Scottish Leaving Certificate Examination, 1955
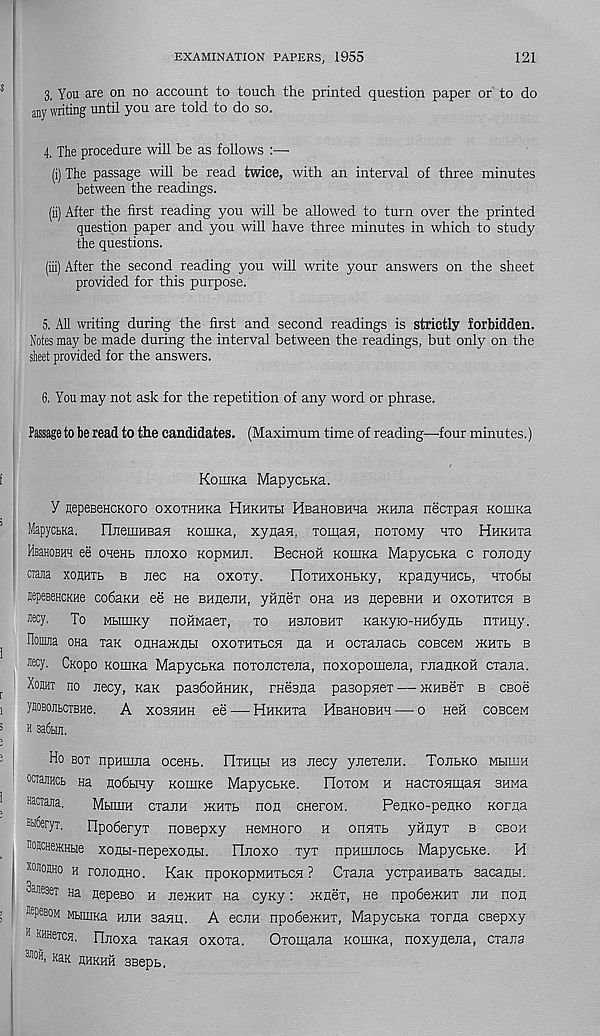
EXAMINATION PAPERS, 1955
121
3, You are on no account to touch the printed question paper or to do
any writing until you are told to do so.
4, The procedure will be as follows :—•
(i) The passage will be read twice, with an interval of three minutes
between the readings.
(ii) After the first reading you will be allowed to turn over the printed
question paper and you will have three minutes in which to study
the questions.
(iii) After the second reading you will write your answers on the sheet
provided for this purpose.
5. All writing during the first and second readings is strictly forbidden.
Notes may be made during the interval between the readings, but only on the
sheet provided for the answers.
6. You may not ask for the repetition of any word or phrase.
Passage to be read to the candidates. (Maximum time of reading—four minutes.)
KoniKa MapyctKa.
Y nepeseHCKoro oxoTHnna Hhkhtli HBanoBHua mnna necrpan KouiKa
MapyctKa. nneiiiHBafl KoiiiKa, xyna5i, Toman, noxoMy hto HHKnxa
Hihhobhh ee ouenb nnoxo kopmhji. BecHoii KouiKa MapycbKa c ronony
ciajia xouhtb b nee na oxoxy.
TIoTHxoHbKy, Kpanyuncb, Hxodbi
tepeBencKHe coriaKH ee He BHueim, yfineT ona hb nepeBHH h oxothtch b
Jiecy. To MbimKy noHMaex, to hbjiobht naKyio-HHbyflb HTHiiy.
Hoima ona xaK oRHaiKHH oxothtbch na h ocxanacb cobcbm ikhtb b
Jiecy. CKopo KomKa MapycbKa noxojicxejia, noxopomena, raanKOH cxana.
Xohht no necy, k&k pasdofiHHK, rnesna pasopneT — ikhebt b cbob
yHOBOJItCTBHe.
A X03HHH 66 HHKHTa HBaHOBHH 0 H6H COBCeM
h 3a6bui.
Ho box npHiiuia oceHb. IlTHiibi hb necy ynexeiiH. Tojibko Mbimn
ocimhcb na Horibiny Kornne MapycbKe.
Hotom h HacxosimaH SHMa
Baciajia,
Mhuih cxaiiH xcHTb non CHeroM.
PenKO-penKO Korna
Btiteryx.
HpoSeryT nosepxy HeMHoro h onHTb yfinyx b cboh
nosc He*Hbie xonbi-nepexonu.
Flnoxo xyx npHinnocb MapycbKe.
H
smouho h ronoRHo. Kax npoKopMHTbCH ? Oxana ycxpaHBaxb sacanbi.
Saiesei Ha nepeBO h hbikht na cyny: jkhSt, He npodencHT nm non
sepesoM MbmiKa hhh aanii. A ecnH npo6e>KHT, MapycbKa xorna csepxy
11 KHHeT CH. rinoxa xaKan oxoxa.
Oxomana KouiKa, noxynena, cxana
3IIOi *’ Ka K HHKHH SBepb,